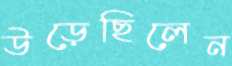
উড়েছিলেন